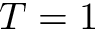
T = 1